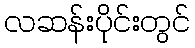
လဆန်းပိုင်းတွင်